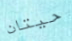
حيتان